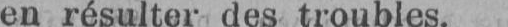
en résulter des troubles.